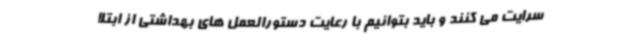
سرایت می کنند و باید بتوانیم با رعایت دستورالعمل های بهداشتی از ابتلا